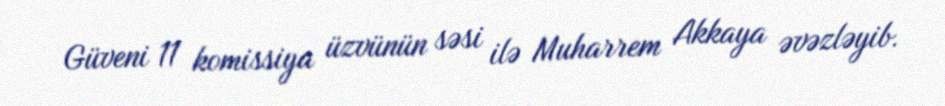
Güveni 11 komissiya üzvünün səsi ilə Muharrem Akkaya əvəzləyib.